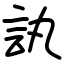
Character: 訙